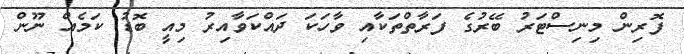
ފޮރިން މިނިސްޓަރު ބޭރުގެ ފަރާތްތަކާއި ވާހަކަ ދައްކަވާއިރު މިއީ ބޮޑު ކަމެއް ނޫން